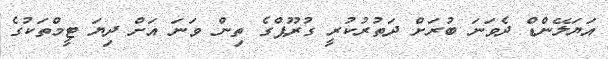
އަޔަލޭންޑް ދެވަނަ ބުރަށް ދަތުރުކުރީ ގުރޫޕްގެ ތިން ވަނަ އަށް ދިޔަ ޓީމްތަކުގެ